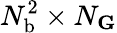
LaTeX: N_{\mathrm{b}}^{2}\times N_{\mathbf G}